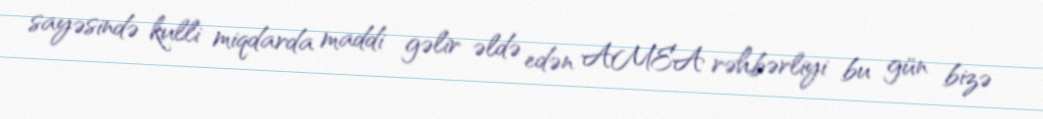
sayəsində kulli miqdarda maddi gəlir əldə edən AMEA rəhbərliyi bu gün bizə